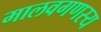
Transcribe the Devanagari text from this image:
मालवगणस्य